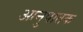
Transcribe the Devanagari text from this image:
आनुपातक